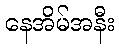
နေအိမ်အနီး